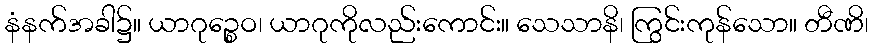
နံနက်အခါ၌။ ယာဂုဉ္စေဝ၊ ယာဂုကိုလည်းကောင်း။ သေသာနိ၊ ကြွင်းကုန်သော။ တီဏိ၊